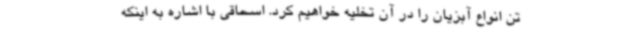
تن انواع آبزیان را در آن تخلیه خواهیم کرد. اسحاقی با اشاره به اینکه